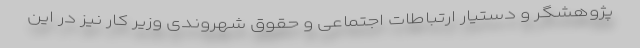
پژوهشگر و دستیار ارتباطات اجتماعی و حقوق شهروندی وزیر کار نیز در این